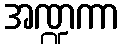
အဏ္ဍကာ